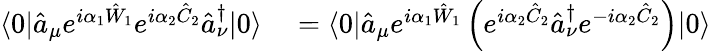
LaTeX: \begin{array}{rl}{\langle 0|\hat{a}_{\mu}e^{i\alpha_{1}\hat{W}_{1}}e^{i\alpha_{2}\hat{C}_{2}}\hat{a}_{\nu}^{\dagger}|0\rangle}&{{}=\langle 0|\hat{a}_{\mu}e^{i\alpha_{1}\hat{W}_{1}}\left(e^{i\alpha_{2}\hat{C}_{2}}\hat{a}_{\nu}^{\dagger}e^{-i\alpha_{2}\hat{C}_{2}}\right)|0\rangle}\end{array}